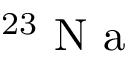
^ { 2 3 } \mathrm { ~ N ~ a ~ }